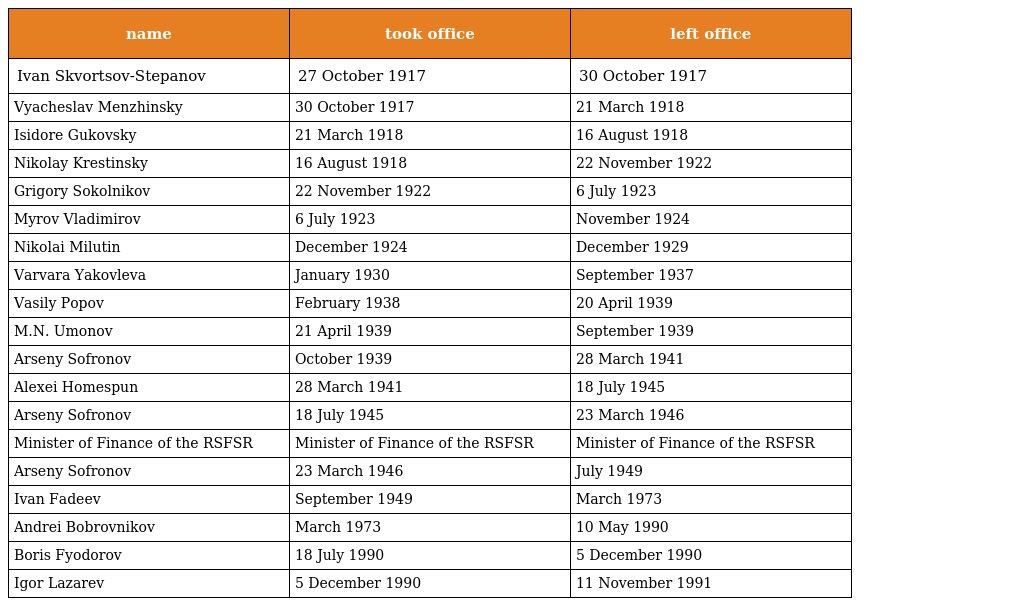
| name | took office | left office |
 | --- | --- | --- |
 | Ivan Skvortsov-Stepanov | 27 October 1917 | 30 October 1917 |
 | Vyacheslav Menzhinsky | 30 October 1917 | 21 March 1918 |
 | Isidore Gukovsky | 21 March 1918 | 16 August 1918 |
 | Nikolay Krestinsky | 16 August 1918 | 22 November 1922 |
 | Grigory Sokolnikov | 22 November 1922 | 6 July 1923 |
 | Myrov Vladimirov | 6 July 1923 | November 1924 |
 | Nikolai Milutin | December 1924 | December 1929 |
 | Varvara Yakovleva | January 1930 | September 1937 |
 | Vasily Popov | February 1938 | 20 April 1939 |
 | M.N. Umonov | 21 April 1939 | September 1939 |
 | Arseny Sofronov | October 1939 | 28 March 1941 |
 | Alexei Homespun | 28 March 1941 | 18 July 1945 |
 | Arseny Sofronov | 18 July 1945 | 23 March 1946 |
 | Minister of Finance of the RSFSR | Minister of Finance of the RSFSR | Minister of Finance of the RSFSR |
 | Arseny Sofronov | 23 March 1946 | July 1949 |
 | Ivan Fadeev | September 1949 | March 1973 |
 | Andrei Bobrovnikov | March 1973 | 10 May 1990 |
 | Boris Fyodorov | 18 July 1990 | 5 December 1990 |
 | Igor Lazarev | 5 December 1990 | 11 November 1991 |